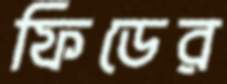
ফিডের